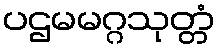
ပဌမမဂ္ဂသုတ္တံ